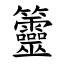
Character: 䉹